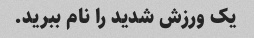
یک ورزش شدید را نام ببرید.